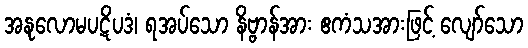
အနုလောမပဋိပဒံ၊ ရအပ်သော နိဗ္ဗာန်အား ဧကံသအားဖြင့် လျော်သော